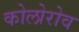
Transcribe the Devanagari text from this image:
कोलोरोव